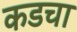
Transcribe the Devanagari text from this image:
कडचा